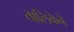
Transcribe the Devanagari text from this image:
तालिकेने